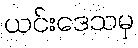
ယင်းဒေသမှ